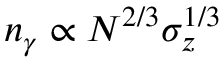
n _ { \gamma } \propto N ^ { 2 / 3 } \sigma _ { z } ^ { 1 / 3 }